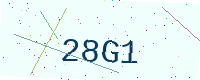
Text: 28G1